system: You are a helpful assistant.
user:
Analyze the provided spectrum to determine if it is a **"Cataclysmic Variables (CV)"**.

- **Key Indicators for CV (Check for either state):**
    - **State 1: Quiescent / Low-State (Emission-Dominated)**
        - **(Primary):** Strong and *very broad* Hydrogen Balmer emission lines (e.g., $H\alpha$ at 6563 Å, $H\beta$ at 4861 Å). The 'broadness' (high velocity dispersion, often FWHM > 1000 km/s) is the key diagnostic, indicating a high-velocity accretion disk.
        - **(Secondary):** Broad neutral Helium (He I) emission lines (e.g., 5876 Å, 6678 Å).
        - **(Key Confirmation):** Presence of high-excitation *ionized* Helium (He II) emission at 4686 Å. This is a strong indicator of accretion onto a white dwarf.
        - **(Line Profile):** Emission lines may exhibit a 'double-peaked' profile, which is a classic signature of a rotating accretion disk viewed at high inclination.

    - **State 2: Outburst / High-State (Absorption-Dominated)**
        - **(Primary):** Spectrum is dominated by a bright, blue continuum (looks like a hot star).
        - **(Secondary):** The emission lines from State 1 are weak, absent, or 'filled in', and are replaced by broad, shallow *absorption* lines (primarily Balmer and He I).
        - **(Morphology):** The overall spectrum mimics a hot B/A-type star. The crucial difference is that the absorption lines are significantly broader, shallower, and more 'washed-out' (or 'smeared') than the sharp lines of a normal stellar photosphere, due to high rotational speeds and pressure broadening in the disk.

Think first, call **spectral_visualization_tool** if needed to examine features in detail, then provide your final answer. Your response must adhere to the following strict rules:
1.  **Overall Structure:** Your response must follow the format `<think>...</think> <tool_call>...</tool_call> (if a tool is used) <answer>...</answer>`.
2.  **Tool Usage Constraint:** You may only make **one** tool call per turn.
3.  **Final Answer Format:** In the `<answer>` tag, your conclusion must be inside a `\boxed{}` command (e.g., `\boxed{YES}`), followed by your justification.

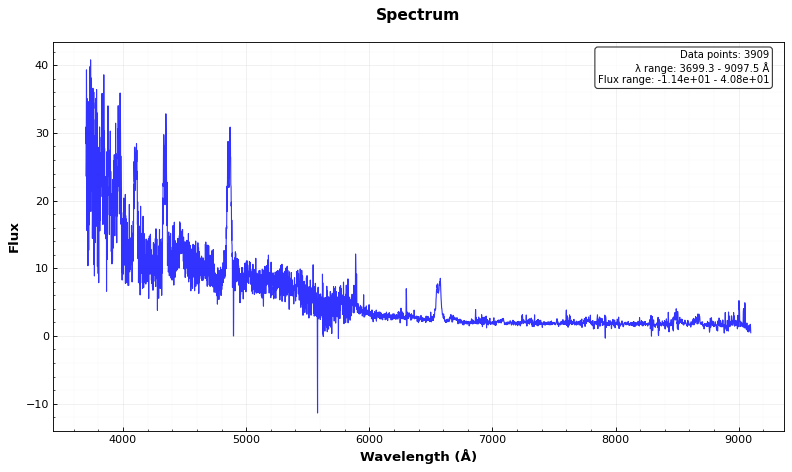
Answer: YES